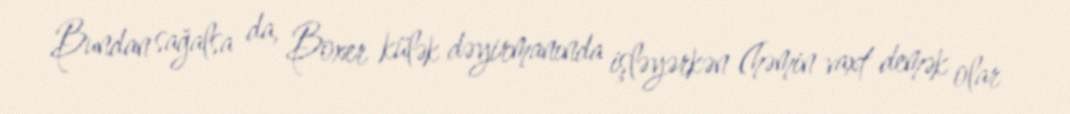
Bundan sağalsa da, Boxer külək dəyirmanında işləyərkən (həmin vaxt demək olar